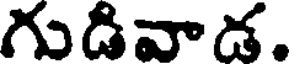
గుడివాడ.